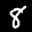
Label: 8